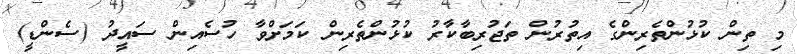
މި ތިން ކުޅުންތެރިންގެ އިތުރުން ތަޖުރިބާކާރު ކުޅުންތެރިން ކަމަށްވާ ހުސެއިން ސައީދު (ސެންޑީ)